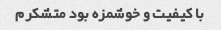
با کیفیت و خوشمزه بود متشکرم